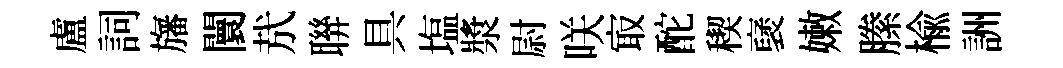
盧詞旛闤㢤聨具塩漿尉咲㝡酡稧裦嫩縢楡詶